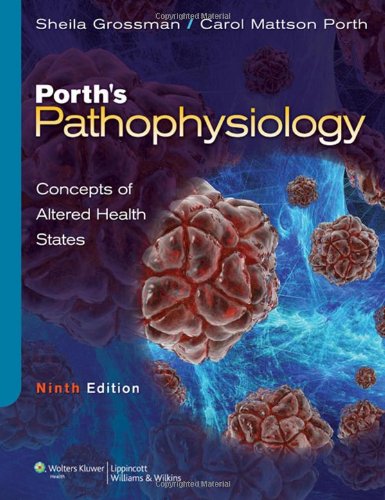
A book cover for Porth's Pathophysiology: Concepts of Altered Health States; Sheila Grossman; Medical Books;